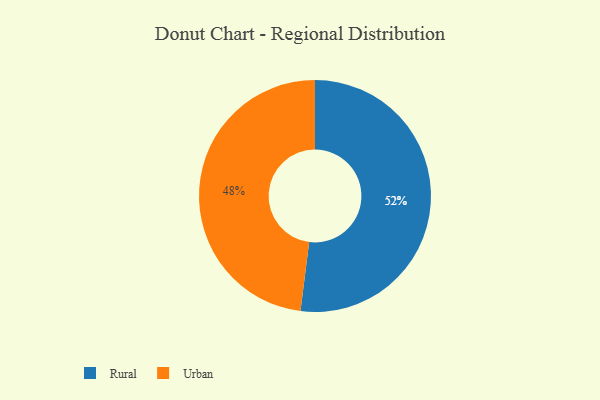
{"axis": {"x": "Category", "y": "Percentage"}, "legend": ["Rural", "Urban"], "data": [{"x": "Rural", "y": 52, "type": "Rural"}, {"x": "Urban", "y": 48, "type": "Urban"}]}